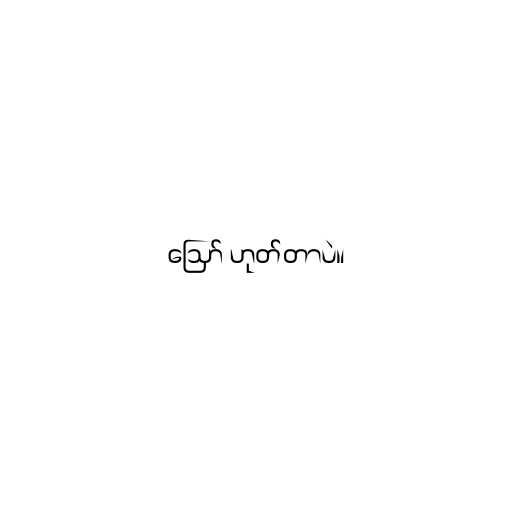
ဪ ဟုတ်တာပဲ။